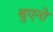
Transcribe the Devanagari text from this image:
बुएनो